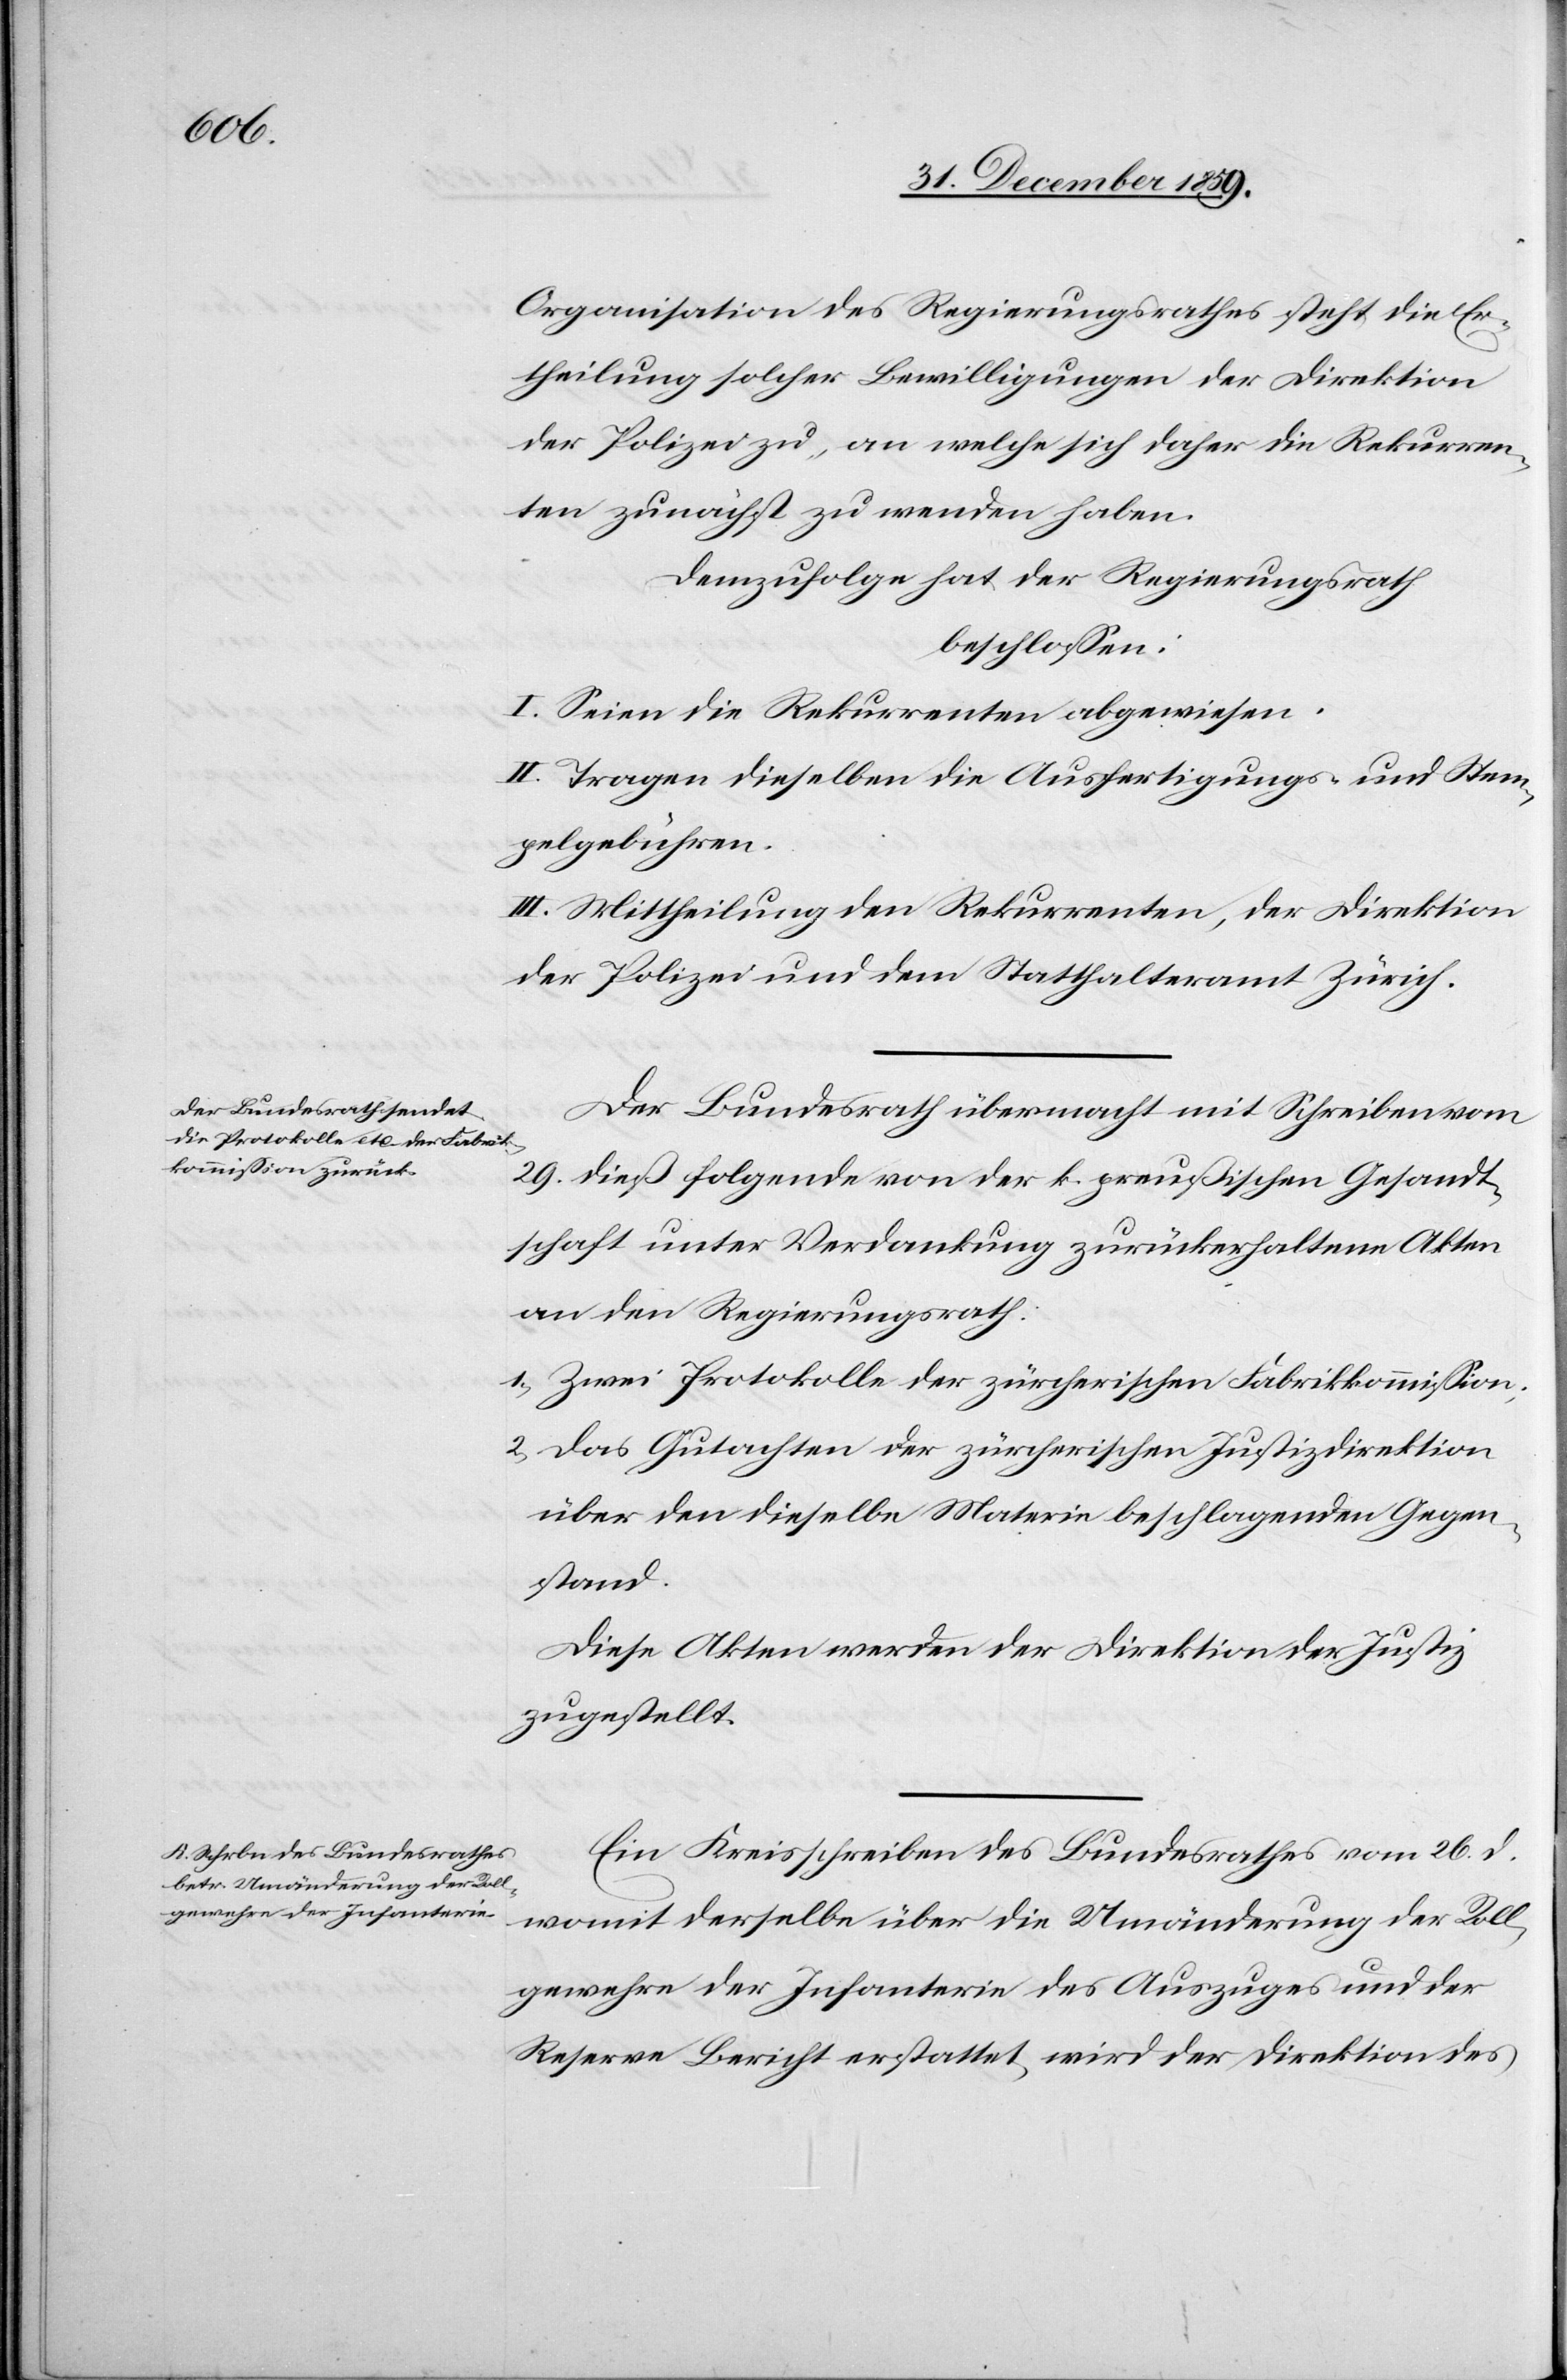
Organisation des Regierungsrathes steht die Er¬
theilung solcher Bewilligungen der Direktion
der Polizei zu, an welche sich daher die Rekurren¬
ten zunächst zu wenden haben.
Demzufolge hat der Regierungsrath
beschlossen:
I. Seien die Rekurrenten abgewiesen.
II. Tragen dieselben die Ausfertigungs- und Stem¬
pelgebühren.
III. Mittheilung den Rekurrenten, der Direktion
der Polizei und dem Statthalteramt Zürich.
Der Bundesrath übermacht mit Schreiben vom
29. dieß folgende von der k. preußischen Gesandt¬
schaft unter Verdankung zurückerhaltene Akten
an den Regierungsrath:
1.) Zwei Protokolle der zürcherischen Fabrikkommission;
2.) Das Gutachten der zürcherischen Justizdirektion
über den dieselbe Materie beschlagenden Gegen¬
stand.
Diese Akten werden der Direktion der Justiz
zugestellt.
Ein Kreisschreiben des Bundesrathes vom 26. d.
womit derselbe über die Umänderung der Roll¬
gewehre der Infanterie des Auszuges und der
Reserve Bericht erstattet, wird der Direktion des